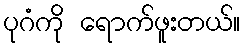
ပုဂံကို ရောက်ဖူးတယ်။